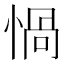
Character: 𢝸